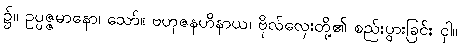
၌။ ဥပ္ပဇ္ဇမာနော၊ သော်။ ဗဟုဇနဟိနာယ၊ ဗိုလ်လှေးတို့၏ စည်းပွားခြင်း ငှါ။